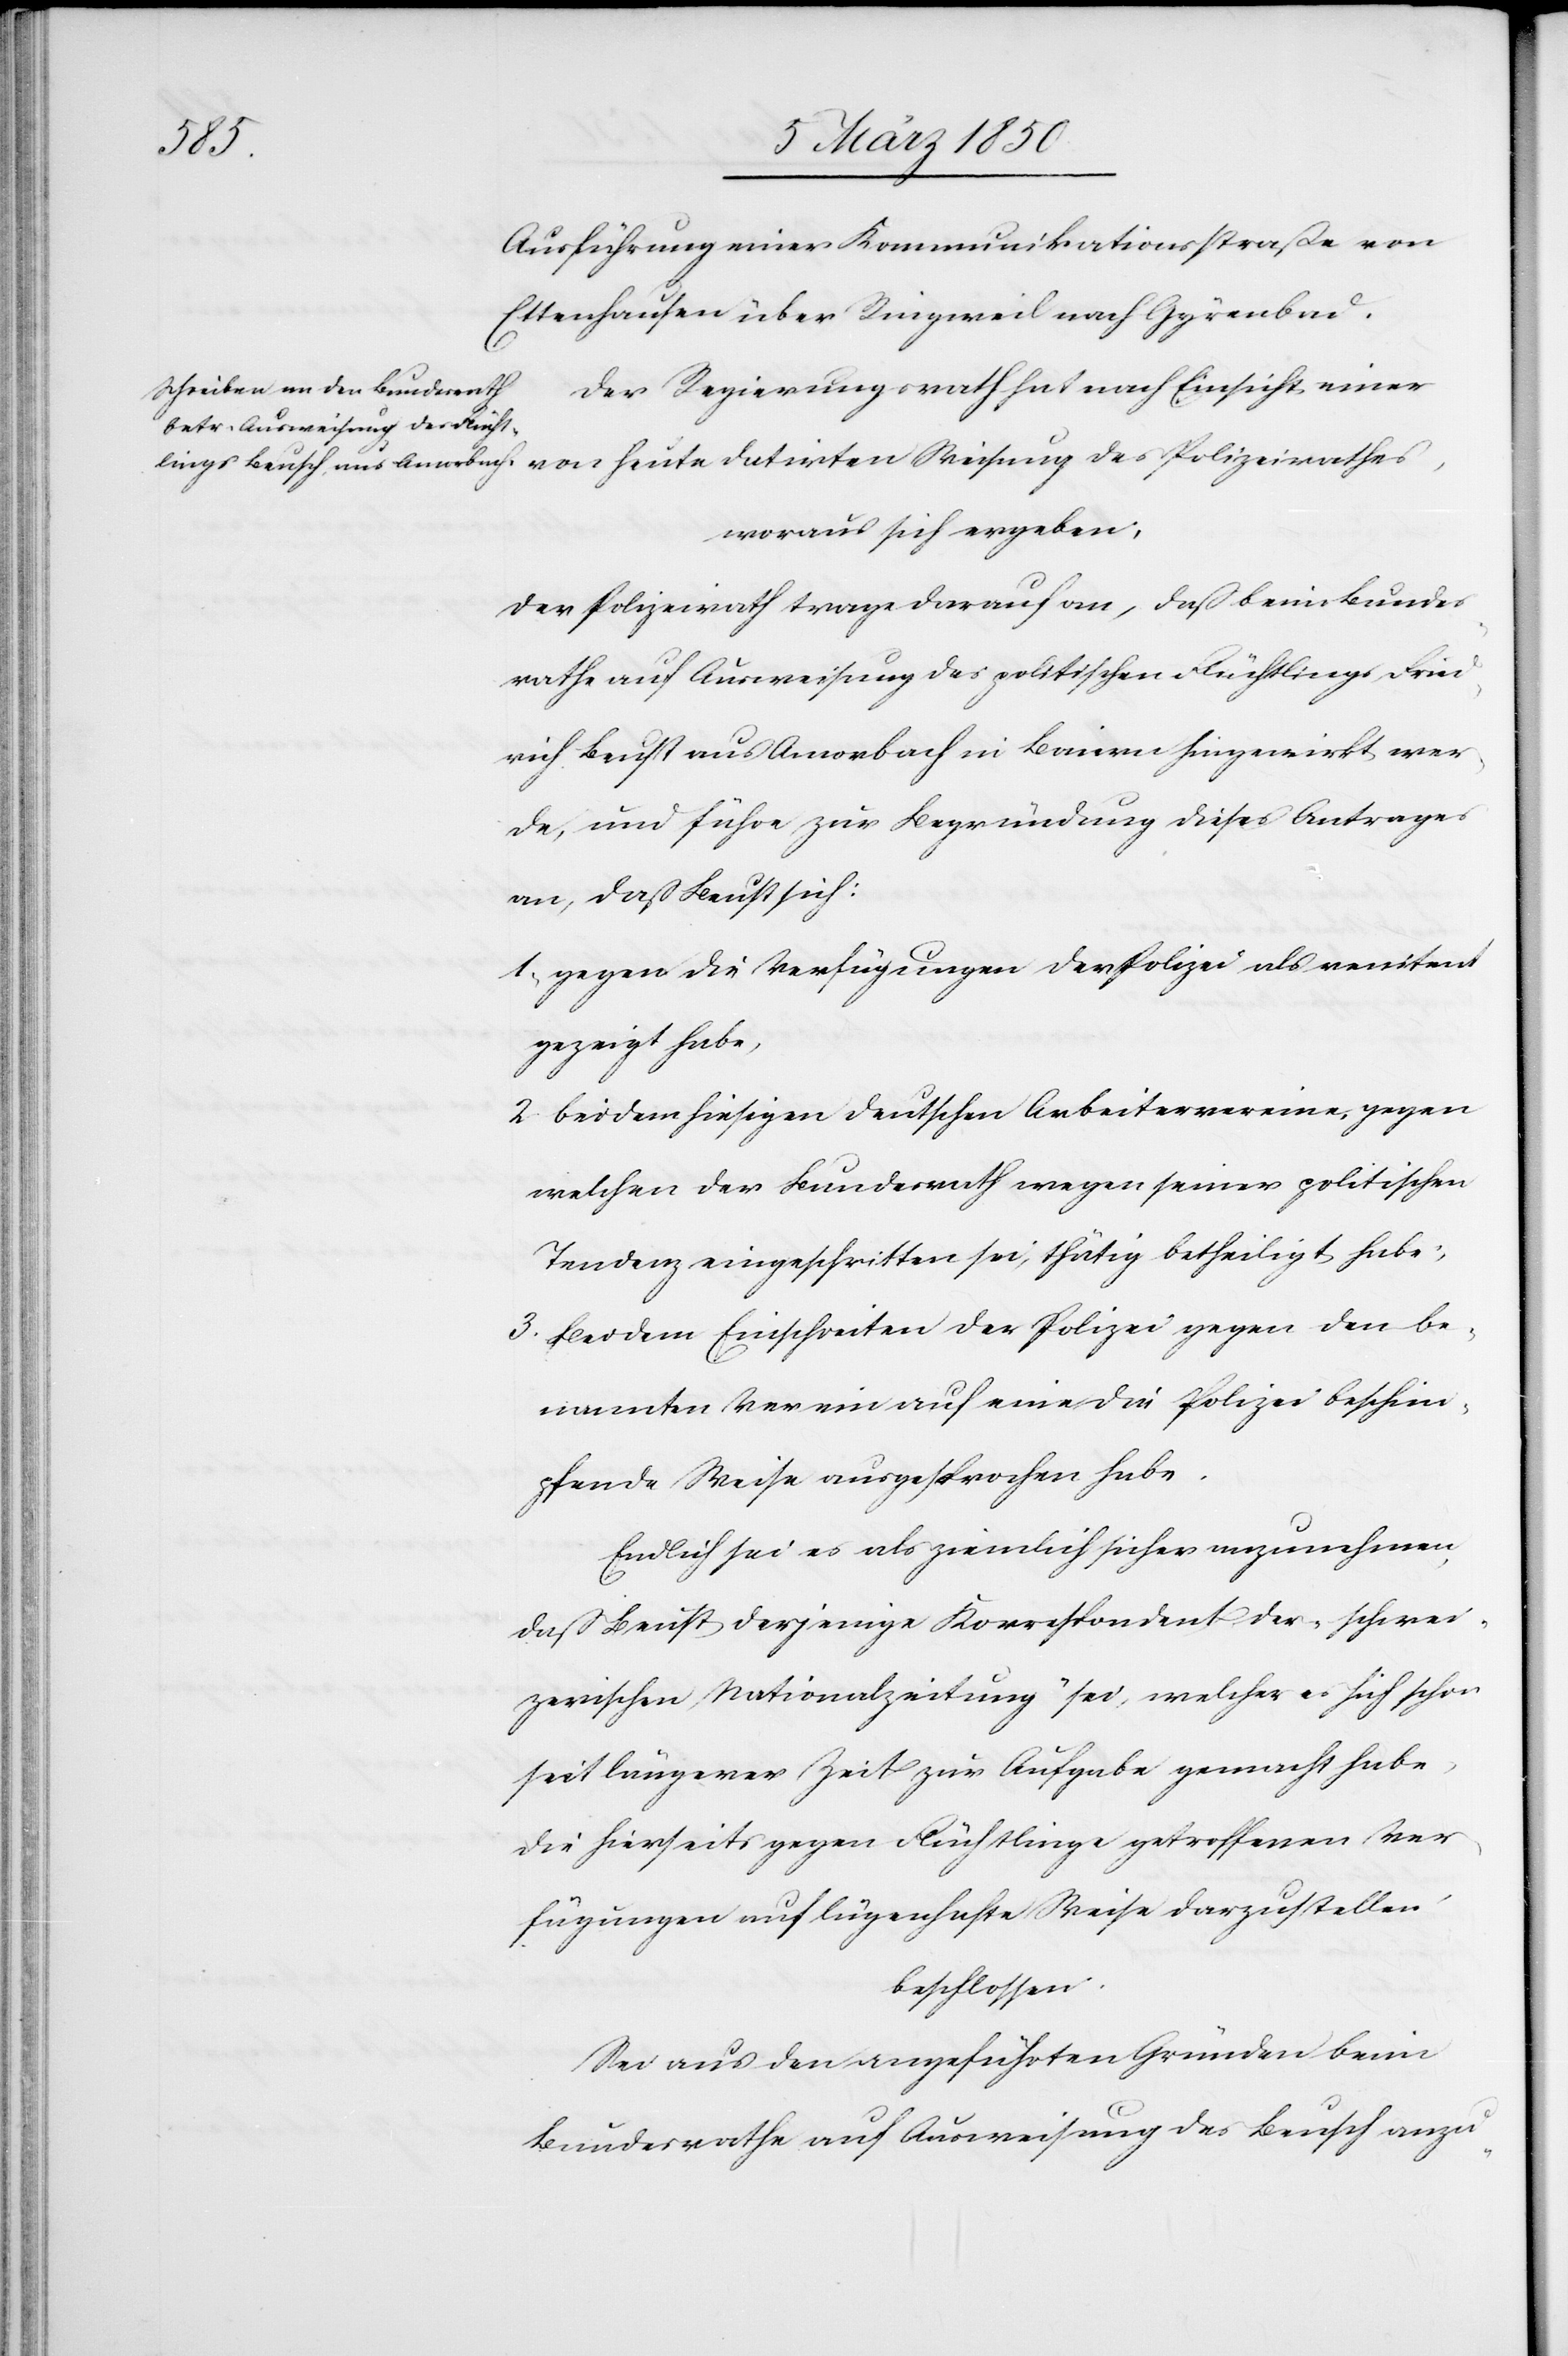
des
Ausführung einer Kommunikationsstraße von
Ettenhausen über Ringweil nach Gyrenbad.
Der Regierungsrath hat nach Einsicht einer
woraus sich ergeben:
Der Polizeirath trage darauf an, daß beim Bundes¬
rathe auf Ausweisung des politischen Flüchtlings Fried¬
rich Beust [sic!] aus Amorbach in Baiern hingewirkt wer¬
de, und führe zur Begründung dieses Antrages
an, daß Beust sich:
1. gegen die Verfügungen der Polizei als renitent
gezeigt habe,
2. bei dem hiesigen deutschen Arbeitervereine, gegen
welchen der Bundesrath wegen seiner politischen
Tendenz eingeschritten sei, thätig betheiligt habe;
3. Bei dem Einschreiten der Polizei gegen den be¬
nannten Verein auf eine die Polizei beschim¬
pfende Weise ausgesprochen habe.
Endlich sei es als ziemlich sicher anzunehmen,
daß Beust derjenige Korrespondent der „schwei¬
zerischen Nationalzeitung“ sei, welcher es sich schon
seit längerer Zeit zur Aufgabe gemacht habe,
die hierseits gegen Flüchtlinge getroffenen Ver¬
fügungen auf lügenhafte Weise darzustellen
beschlossen:
Sei aus den angeführten Gründen beim
Bundesrathe auf Ausweisung des Beusch anzu-